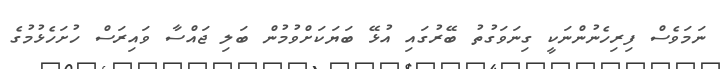
ނަމަވެސް ފިރިހެނުންނަކީ ގިނަވަގުތު ބޭރުގައި އުޅޭ ބަޔަކަށްވުމުން ބަލި ޖައްސާ ވައިރަސް ހުށަހެޅުމުގެ